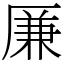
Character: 𠪊